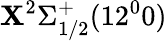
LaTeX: \mathbf{X}^{2}\Sigma_{1/2}^{+}(12^{0}0)